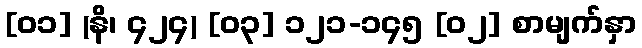
[၀၁] (နိ၊ ၄၂၄) [၀၃] ၁၂၁-၁၄၅ [၀၂] စာမျက်နှာ